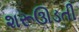
શરૂઊડતી